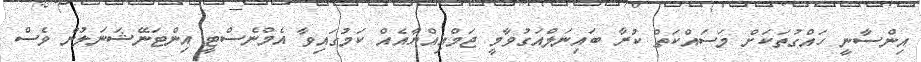
އިންސާނީ ހައްގުތަކަށް މަސައްކަތް ކުރާ ބައިނަލްއަގުވާމީ ޖަމްއިއްޔާއެއް ކަމުގައިވާ އެމްނެސްޓީ އިންޓަނޭޝަނަލުން ވެސް